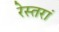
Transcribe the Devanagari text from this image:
रेस्‍तरां